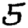
Digit: 5